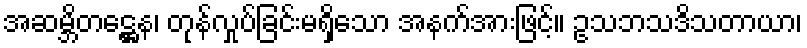
အဆမ္ဘိတဋ္ဌေန၊ တုန်လှုပ်ခြင်းမရှိသော အနက်အားဖြင့်။ ဥသဘသဒိသတာယာ၊